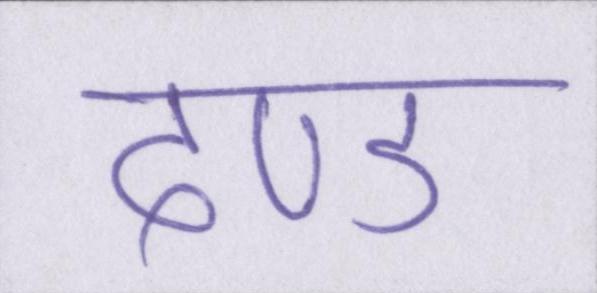
दण्ड